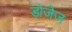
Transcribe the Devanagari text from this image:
डोजेज